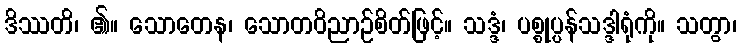
ဒိဿတိ၊ ၏။ သောတေန၊ သောတဝိညာဉ်စိတ်ဖြင့်။ သဒ္ဒံ၊ ပစ္စုပ္ပန်သဒ္ဒါရုံကို။ သတွာ၊